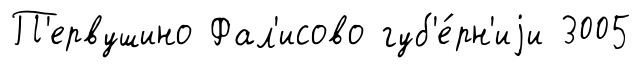
П'ервушино Фал'исово губ'е́рн'иjи 3005